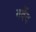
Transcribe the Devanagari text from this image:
गर्वेद